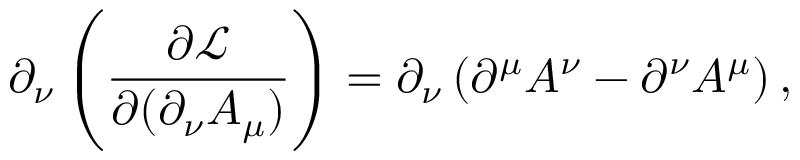
\partial _ { \nu } \left( { \frac { \partial { \mathcal { L } } } { \partial ( \partial _ { \nu } A _ { \mu } ) } } \right) = \partial _ { \nu } \left( \partial ^ { \mu } A ^ { \nu } - \partial ^ { \nu } A ^ { \mu } \right) ,